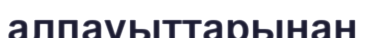
алпауыттарынан